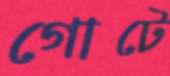
গোটে